Leaving Certificate Examination, 1912
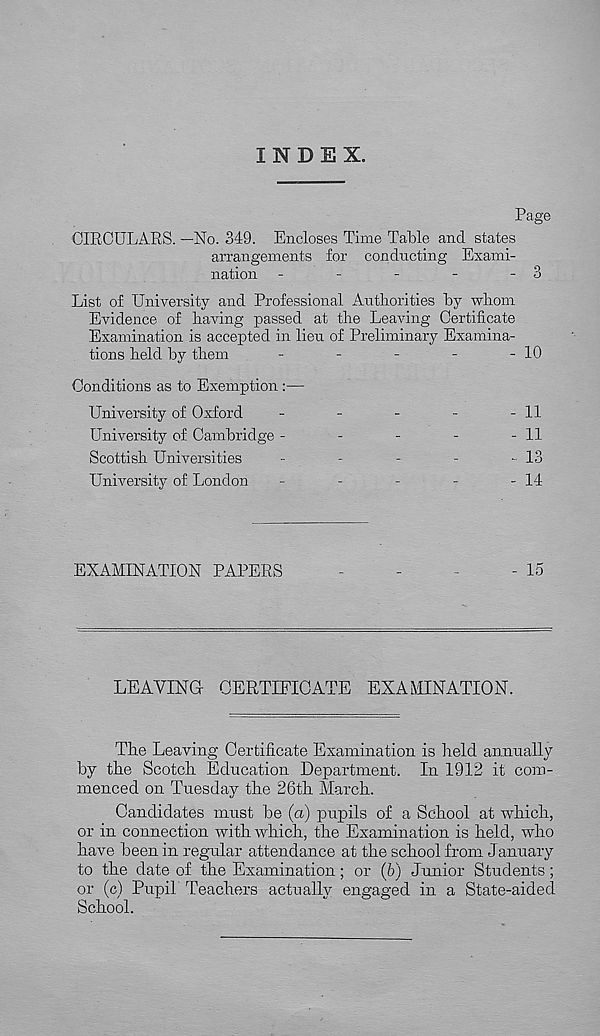
INDEX.
Page
CIRCULARS. —No. 349. Encloses Time Table and states
arrangements for conducting Exami-
nation -
-
-
-
- 3
List of University and Professional Authorities by whom
Evidence of having passed at the Leaving Certificate
Examination is accepted in lien of Preliminary Examina-
tions held by them
-
-
-
-
- 10
Conditions as to Exemption:—
University of Oxford
-
-
-
-
- 11
University of Cambridge -
-
-
-
- 11
Scottish Universities
-
-
-
-
-13
University of London
-
-
-
-
- 14
EXAMINATION PAPERS
-
-
-
- 15
LEAVING CERTIFICATE EXAMINATION.
The Leaving Certificate Examination is held annually
by the Scotch Education Department. In 1912 it com-
menced on Tuesday the 26th March.
Candidates must be (a) pupils of a School at which,
or in connection with which, the Examination is held, who
have been in regular attendance at the school from January
to the date of the Examination; or (5) Junior Students ;
or (c) Pupil Teachers actually engaged in a State-aided
School.